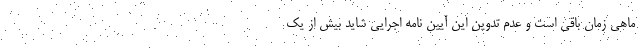
ماهی زمان باقی است و عدم تدوین این آیین نامه اجرایی شاید بیش از یک